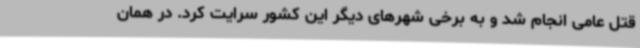
قتل عامی انجام شد و به برخی شهرهای دیگر این کشور سرایت کرد. در همان